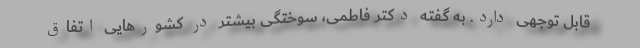
قابل توجهی دارد. به گفته دکتر فاطمی، سوختگی بیشتر در کشورهایی اتفاق